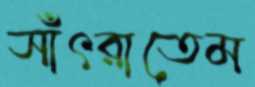
সাঁৎরাতেম